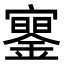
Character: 䥌